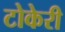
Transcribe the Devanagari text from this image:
टोकेरी